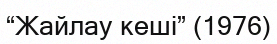
“Жайлау кеші” (1976)